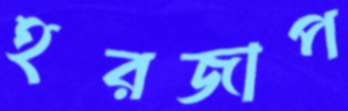
হরজাপ